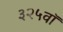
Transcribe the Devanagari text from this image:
३२५वॉ